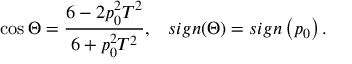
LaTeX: \cos \Theta = \frac { 6 - 2 p _ { 0 } ^ { 2 } T ^ { 2 } } { 6 + p _ { 0 } ^ { 2 } T ^ { 2 } } , \; \; \; s i g n ( \Theta ) = s i g n \left( p _ { 0 } \right) .